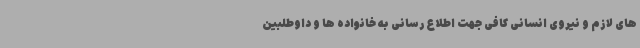
های لازم و نیروی انسانی کافی جهت اطلاع رسانی به خانواده ها و داوطلبین